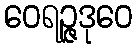
ဝေရဉ္ဇဒုဝေ